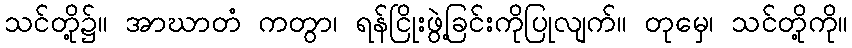
သင်တို့၌။ အာဃာတံ ကတွာ၊ ရန်ငြိုးဖွဲ့ခြင်းကိုပြုလျက်။ တုမှေ၊ သင်တို့ကို။